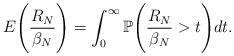
LaTeX: \begin{align*}E\Bigg(\frac{R_{N}}{\beta_{N}}\Bigg) = \int_{0}^{\infty} \mathbb{P}\Bigg(\frac{R_{N}}{\beta_{N}} > t \Bigg) dt.\end{align*}